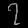
Digit: ၇